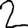
Digit: 2